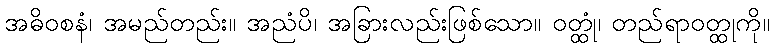
အဓိဝစနံ၊ အမည်တည်း။ အညံပိ၊ အခြားလည်းဖြစ်သော။ ဝတ္ထုံ၊ တည်ရာဝတ္ထုကို။